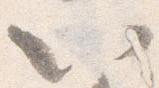
以